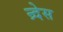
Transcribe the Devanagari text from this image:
न्र्देस